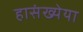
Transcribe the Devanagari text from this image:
हासंख्येया